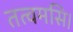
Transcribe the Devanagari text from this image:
तत्वमसि।